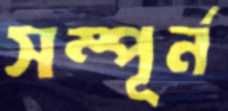
সম্পূর্ন